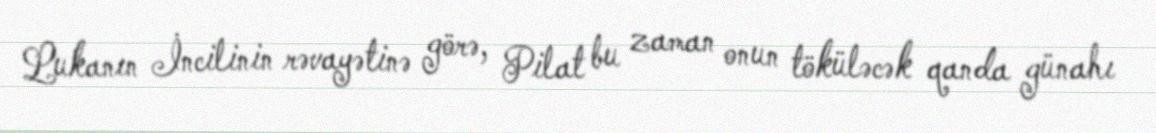
Lukanın İncilinin rəvayətinə görə, Pilat bu zaman onun töküləcək qanda günahı